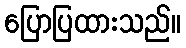
ပြောပြထားသည်။